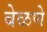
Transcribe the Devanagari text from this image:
बेळणे